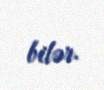
bilər.